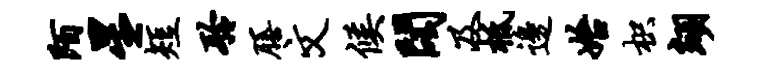
陌星短聆膳文候阁及柢边始枳翊